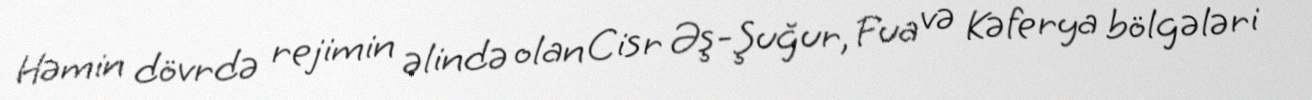
Həmin dövrdə rejimin əlində olan Cisr Əş-Şuğur, Fua və Kəferya bölgələri